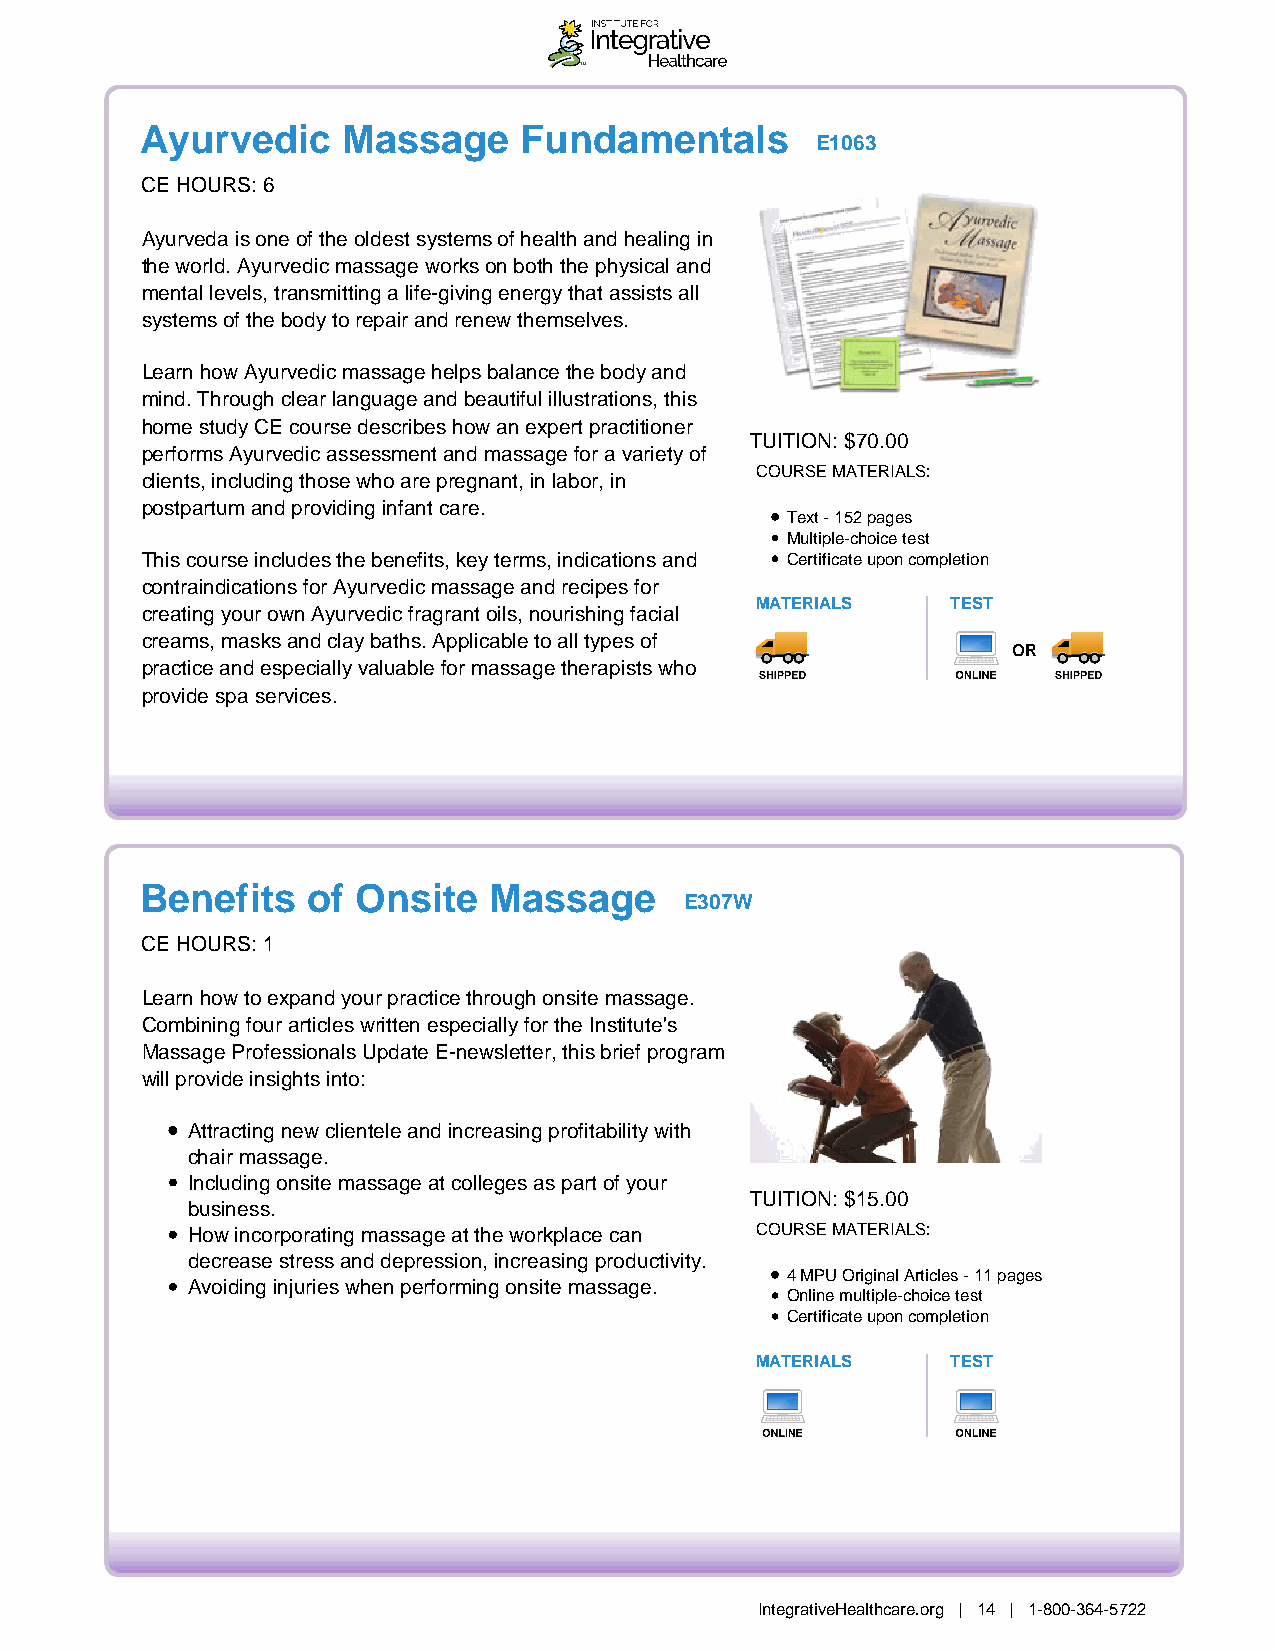
Ayurvedic     Massage    Fundamentals
 E1063
 CE HOURS: 6
 Ayurveda is one of the oldest systems of health and healing in
 the world. Ayurvedic massage works on both the physical and
 mental levels, transmitting a life-giving energy that assists all
 systems of the body to repair and renew themselves.
 Learn how Ayurvedic massage helps balance the body and
 mind. Through clear language and beautiful illustrations, this
 home study CE course describes how an expert practitioner
 TUITION: $70.00
 performs Ayurvedic assessment and massage for a variety of
 COURSE MATERIALS:
 clients, including those who are pregnant, in labor, in
 postpartum and providing infant care.
 Text - 152 pages
 Multiple-choice test
 This course includes the benefits, key terms, indications and Certificate upon completion
 contraindications for Ayurvedic massage and recipes for
 MATERIALS    TEST
 creating your own Ayurvedic fragrant oils, nourishing facial
 creams, masks and clay baths. Applicable to all types of
 OR
 practice and especially valuable for massage therapists who
 provide spa services.
 Benefits   of  Onsite  Massage
 E307W
 CE HOURS: 1
 Learn how to expand your practice through onsite massage.
 Combining four articles written especially for the Institute's
 Massage Professionals Update E-newsletter, this brief program
 will provide insights into:
 Attracting new clientele and increasing profitability with
 chair massage.
 Including onsite massage at colleges as part of your
 TUITION: $15.00
 business.
 How incorporating massage at the workplace can COURSE MATERIALS:
 decrease stress and depression, increasing productivity.
 4 MPU Original Articles - 11 pages
 Avoiding injuries when performing onsite massage.
 Online multiple-choice test
 Certificate upon completion
 MATERIALS    TEST
 IntegrativeHealthcare.org | 14 | 1-800-364-5722